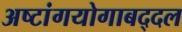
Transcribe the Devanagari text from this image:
अष्टांगयोगाबद्दल